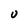
Character: U